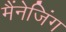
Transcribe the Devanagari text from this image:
मैंनेजिंग